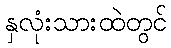
နှလုံးသားထဲတွင်